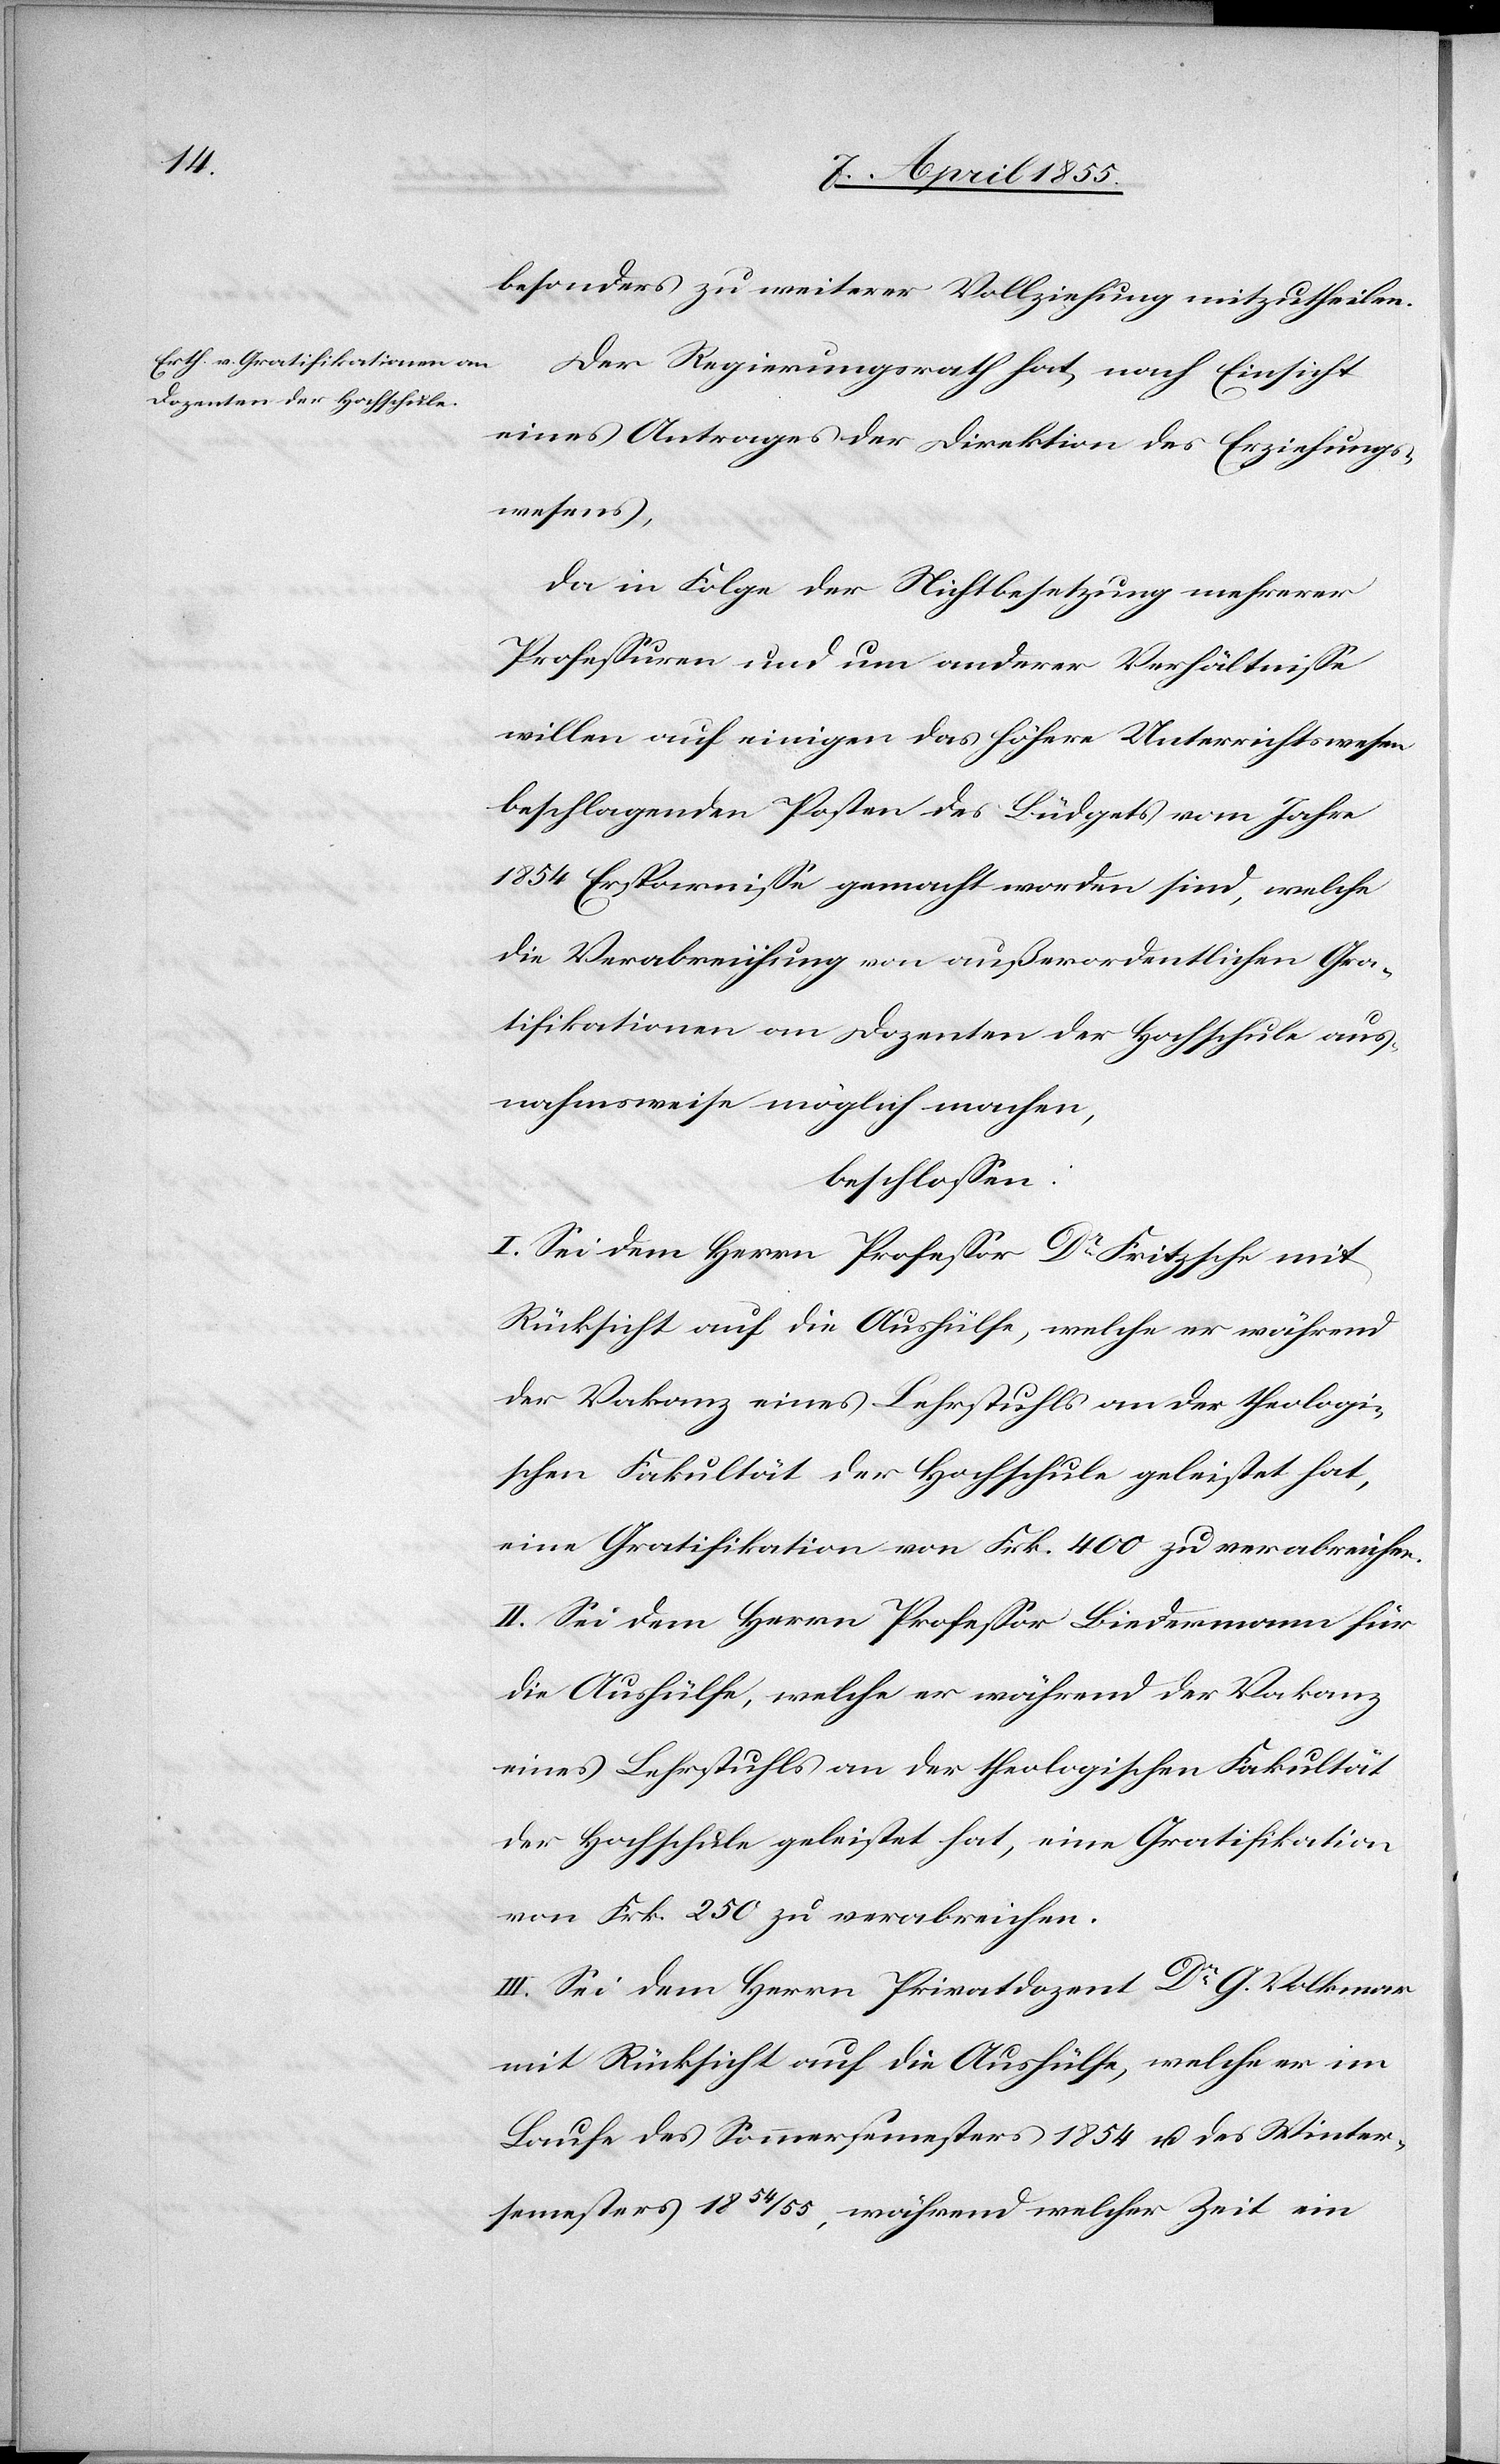
besonders zu weiterer Vollziehung mitzutheilen.
Der Regierungsrath hat, nach Einsicht
eines Antrages der Direktion des Erziehungs¬
wesens,
da in Folge der Nichtbesetzung mehrerer
Professuren und um anderer Verhältnisse
willen auf einigen das höhere Unterrichtswesen
beschlagenden Posten des Büdgets vom Jahr
1854 Ersparnisse gemacht worden sind, welche
die Verabreichung von außerordentlichen Gra¬
tifikationen an Dozenten der Hochschule aus¬
nahmsweise möglich machen,
beschlossen:
I. Sei dem Herrn Professor Dr Fritzsche mit
Rücksicht auf die Aushülfe, welche er während
der Vakanz eines Lehrstuhls an der theologi¬
schen Fakultät der Hochschule geleistet hat,
eine Gratifikation von Frk. 400 zu verabreichen.
II. Sei dem Herrn Professor Biedermann für
die Aushülfe, welche er während der Vakanz
eines Lehrstuhls an der theologischen Fakultät
der Hochschule geleistet hat, eine Gratifikation
von Frk. 250 zu verabreichen.
III. Sei dem Herrn Privatdozent Dr G. Volkmar
mit Rücksicht auf die Aushülfe, welche er im
Laufe des Sommersemesters 1854 u. des Winter¬
semesters 1854/55, während welcher Zeit ein